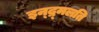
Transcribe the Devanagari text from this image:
इन्द्र्मलति